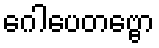
ဂေါပေတဗ္ဗော